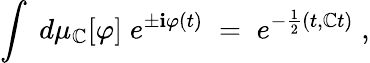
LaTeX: \int\; d\mu_{\mathbb{C}}[\varphi]\; e^{\pm\mathbf{i}\varphi(t)}\; =\; e^{-\frac{{1}}{{2}}(t,\mathbb{C}t)}\; ,